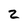
Character: Z